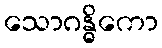
သောဂန္ဓိကော